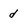
Character: d